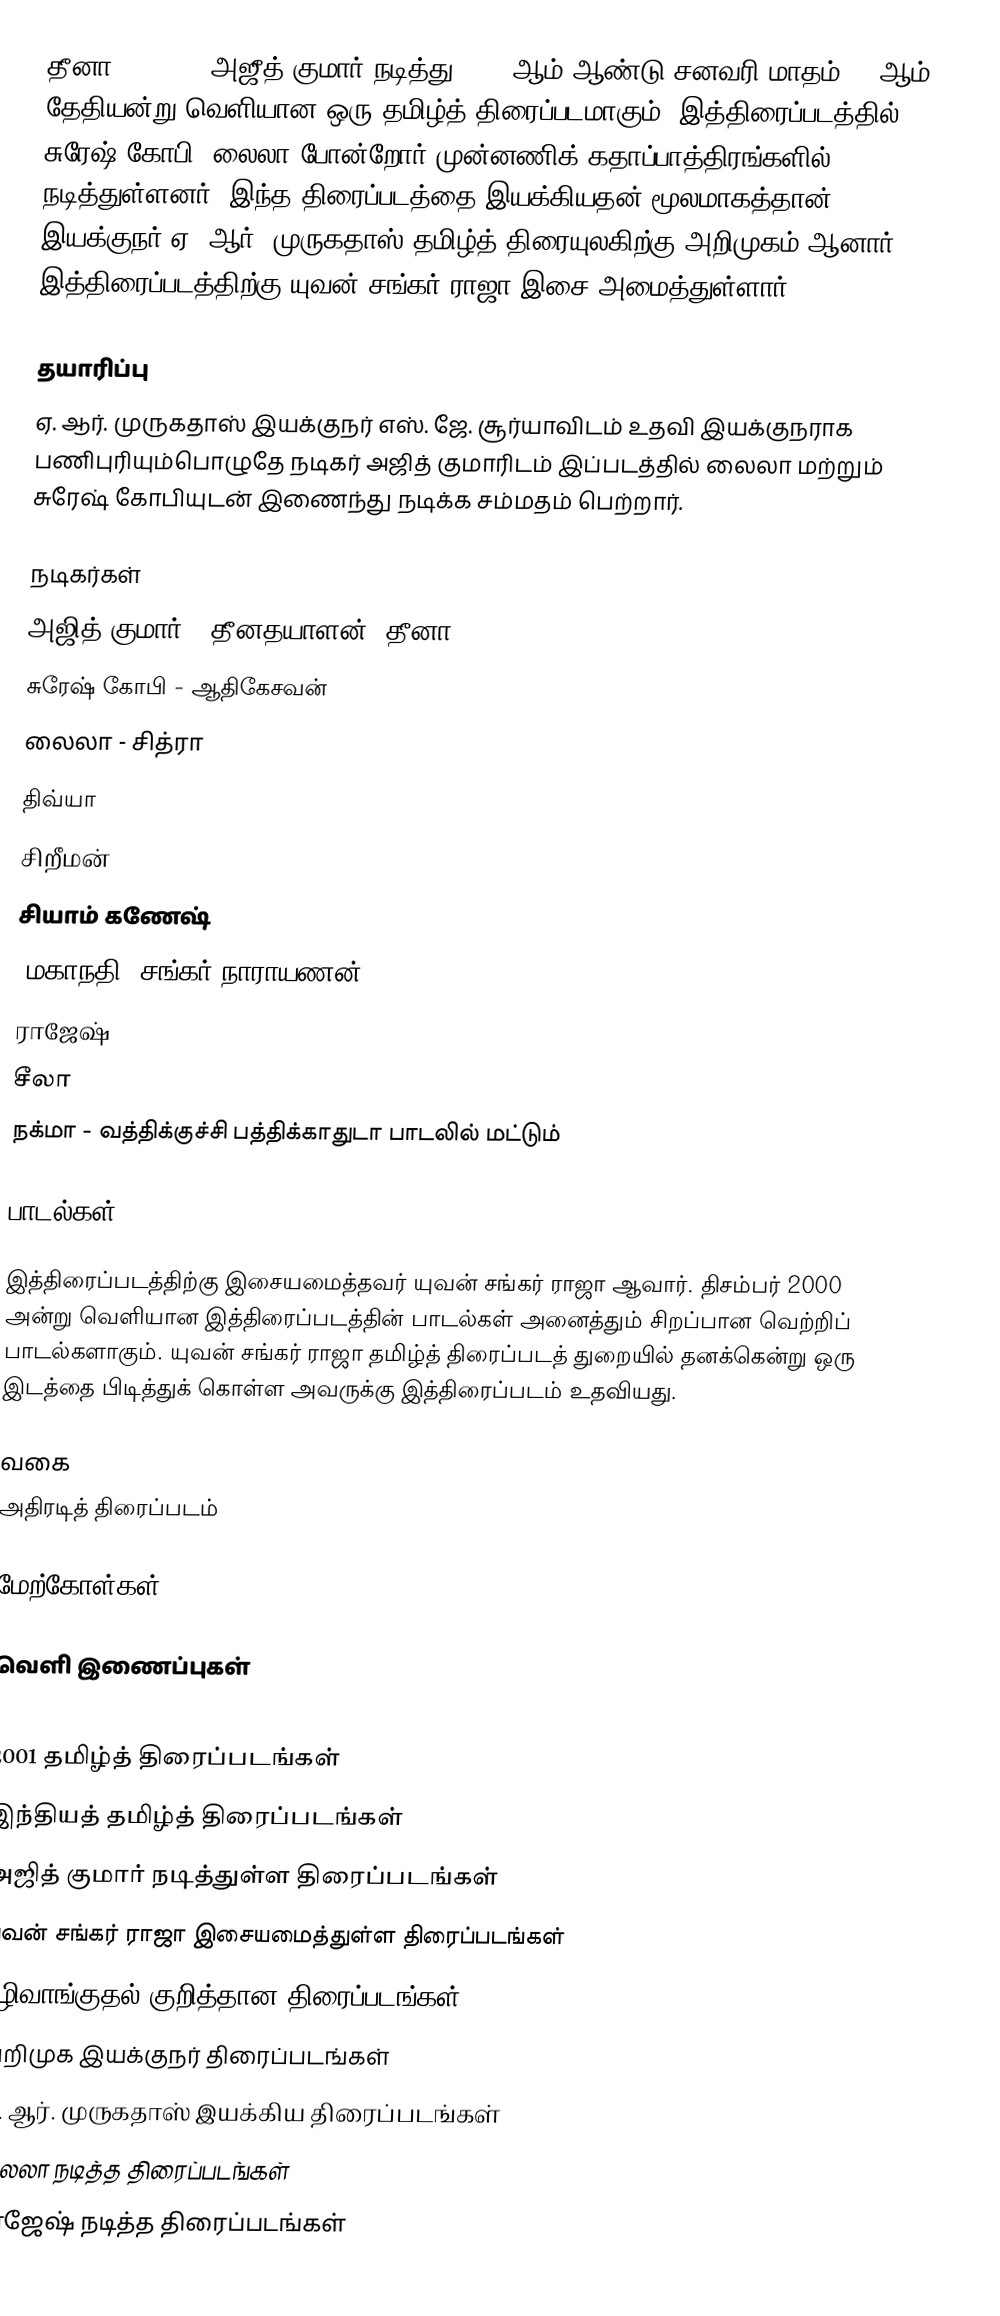
தீனா (Dheena) அஜீத் குமார் நடித்து 2001 ஆம் ஆண்டு சனவரி மாதம் 14 ஆம் தேதியன்று வெளியான ஒரு தமிழ்த் திரைப்படமாகும். இத்திரைப்படத்தில் சுரேஷ் கோபி, லைலா போன்றோர் முன்னணிக் கதாப்பாத்திரங்களில் நடித்துள்ளனர். இந்த திரைப்படத்தை இயக்கியதன் மூலமாகத்தான் இயக்குநர் ஏ. ஆர். முருகதாஸ் தமிழ்த் திரையுலகிற்கு அறிமுகம் ஆனார். இத்திரைப்படத்திற்கு யுவன் சங்கர் ராஜா இசை அமைத்துள்ளார்.

தயாரிப்பு
ஏ. ஆர். முருகதாஸ் இயக்குநர் எஸ். ஜே. சூர்யாவிடம் உதவி இயக்குநராக பணிபுரியும்பொழுதே நடிகர் அஜித் குமாரிடம் இப்படத்தில் லைலா மற்றும் சுரேஷ் கோபியுடன் இணைந்து நடிக்க சம்மதம் பெற்றார்.

நடிகர்கள்
 அஜித் குமார் - தீனதயாளன் (தீனா)
 சுரேஷ் கோபி - ஆதிகேசவன்
 லைலா - சித்ரா
 திவ்யா
 சிறீமன்
 சியாம் கணேஷ்
 'மகாநதி' சங்கர் நாராயணன்
 ராஜேஷ்
 சீலா
 நக்மா - வத்திக்குச்சி பத்திக்காதுடா பாடலில் மட்டும்

பாடல்கள்

இத்திரைப்படத்திற்கு இசையமைத்தவர் யுவன் சங்கர் ராஜா ஆவார். திசம்பர் 2000 அன்று வெளியான இத்திரைப்படத்தின் பாடல்கள் அனைத்தும் சிறப்பான வெற்றிப் பாடல்களாகும். யுவன் சங்கர் ராஜா தமிழ்த் திரைப்படத் துறையில் தனக்கென்று ஒரு இடத்தை பிடித்துக் கொள்ள அவருக்கு இத்திரைப்படம் உதவியது.

வகை
அதிரடித் திரைப்படம்

மேற்கோள்கள்

வெளி இணைப்புகள்

2001 தமிழ்த் திரைப்படங்கள்
இந்தியத் தமிழ்த் திரைப்படங்கள்
அஜித் குமார் நடித்துள்ள திரைப்படங்கள்
யுவன் சங்கர் ராஜா இசையமைத்துள்ள திரைப்படங்கள்
பழிவாங்குதல் குறித்தான திரைப்படங்கள்
அறிமுக இயக்குநர் திரைப்படங்கள்
ஏ. ஆர். முருகதாஸ் இயக்கிய திரைப்படங்கள்
லைலா நடித்த திரைப்படங்கள்
ராஜேஷ் நடித்த திரைப்படங்கள்